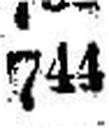
744